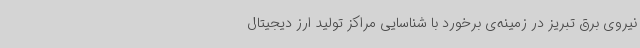
نیروی برق تبریز در زمینه‌ی برخورد با شناسایی مراکز تولید ارز دیجیتال